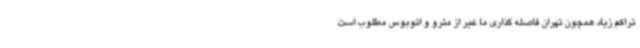
تراکم زیاد همچون تهران فاصله گذاری ما غیر از مترو و اتوبوس مطلوب است